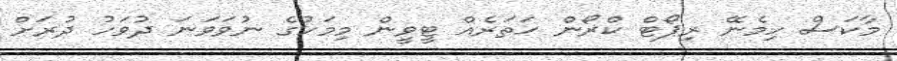
މާކަސް ހިމެނޭ ރިޕޯޓް ކްރޯން ހަތަރެއް ޓީވީން މިމަހުގެ ނުވަވަނަ ދުވަހު ދުރަށް